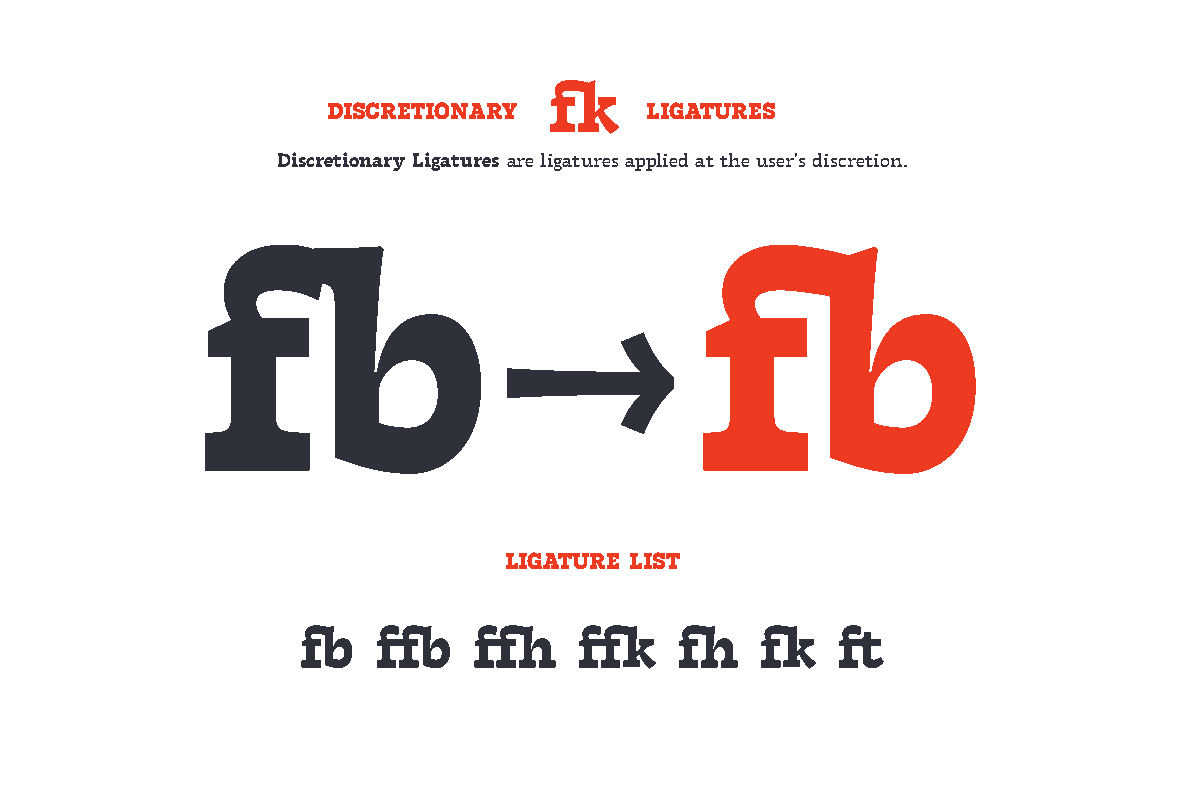
fk
 DISCRETIONARY        LIGATURES
 Discretionary Ligatures are ligatures applied at the user's discretion.
 fb                               fb
 →
 LIGATURE LIST
 fb   ffb   ffh    ffk    fh   fk   ft